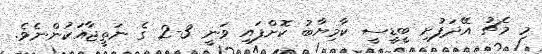
މި މެޗު އޭދަފުށި ބީޑީސީ ކާމިޔާބު ކޮށްފައި ވަނީ 3-2 ގެ ނަތީޖާއަކުންނެވެ.